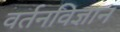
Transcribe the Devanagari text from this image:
वर्तनविज्ञान